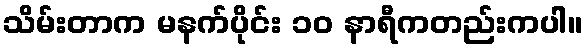
သိမ်းတာက မနက်ပိုင်း ၁၀ နာရီကတည်းကပါ။